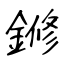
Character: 鎀